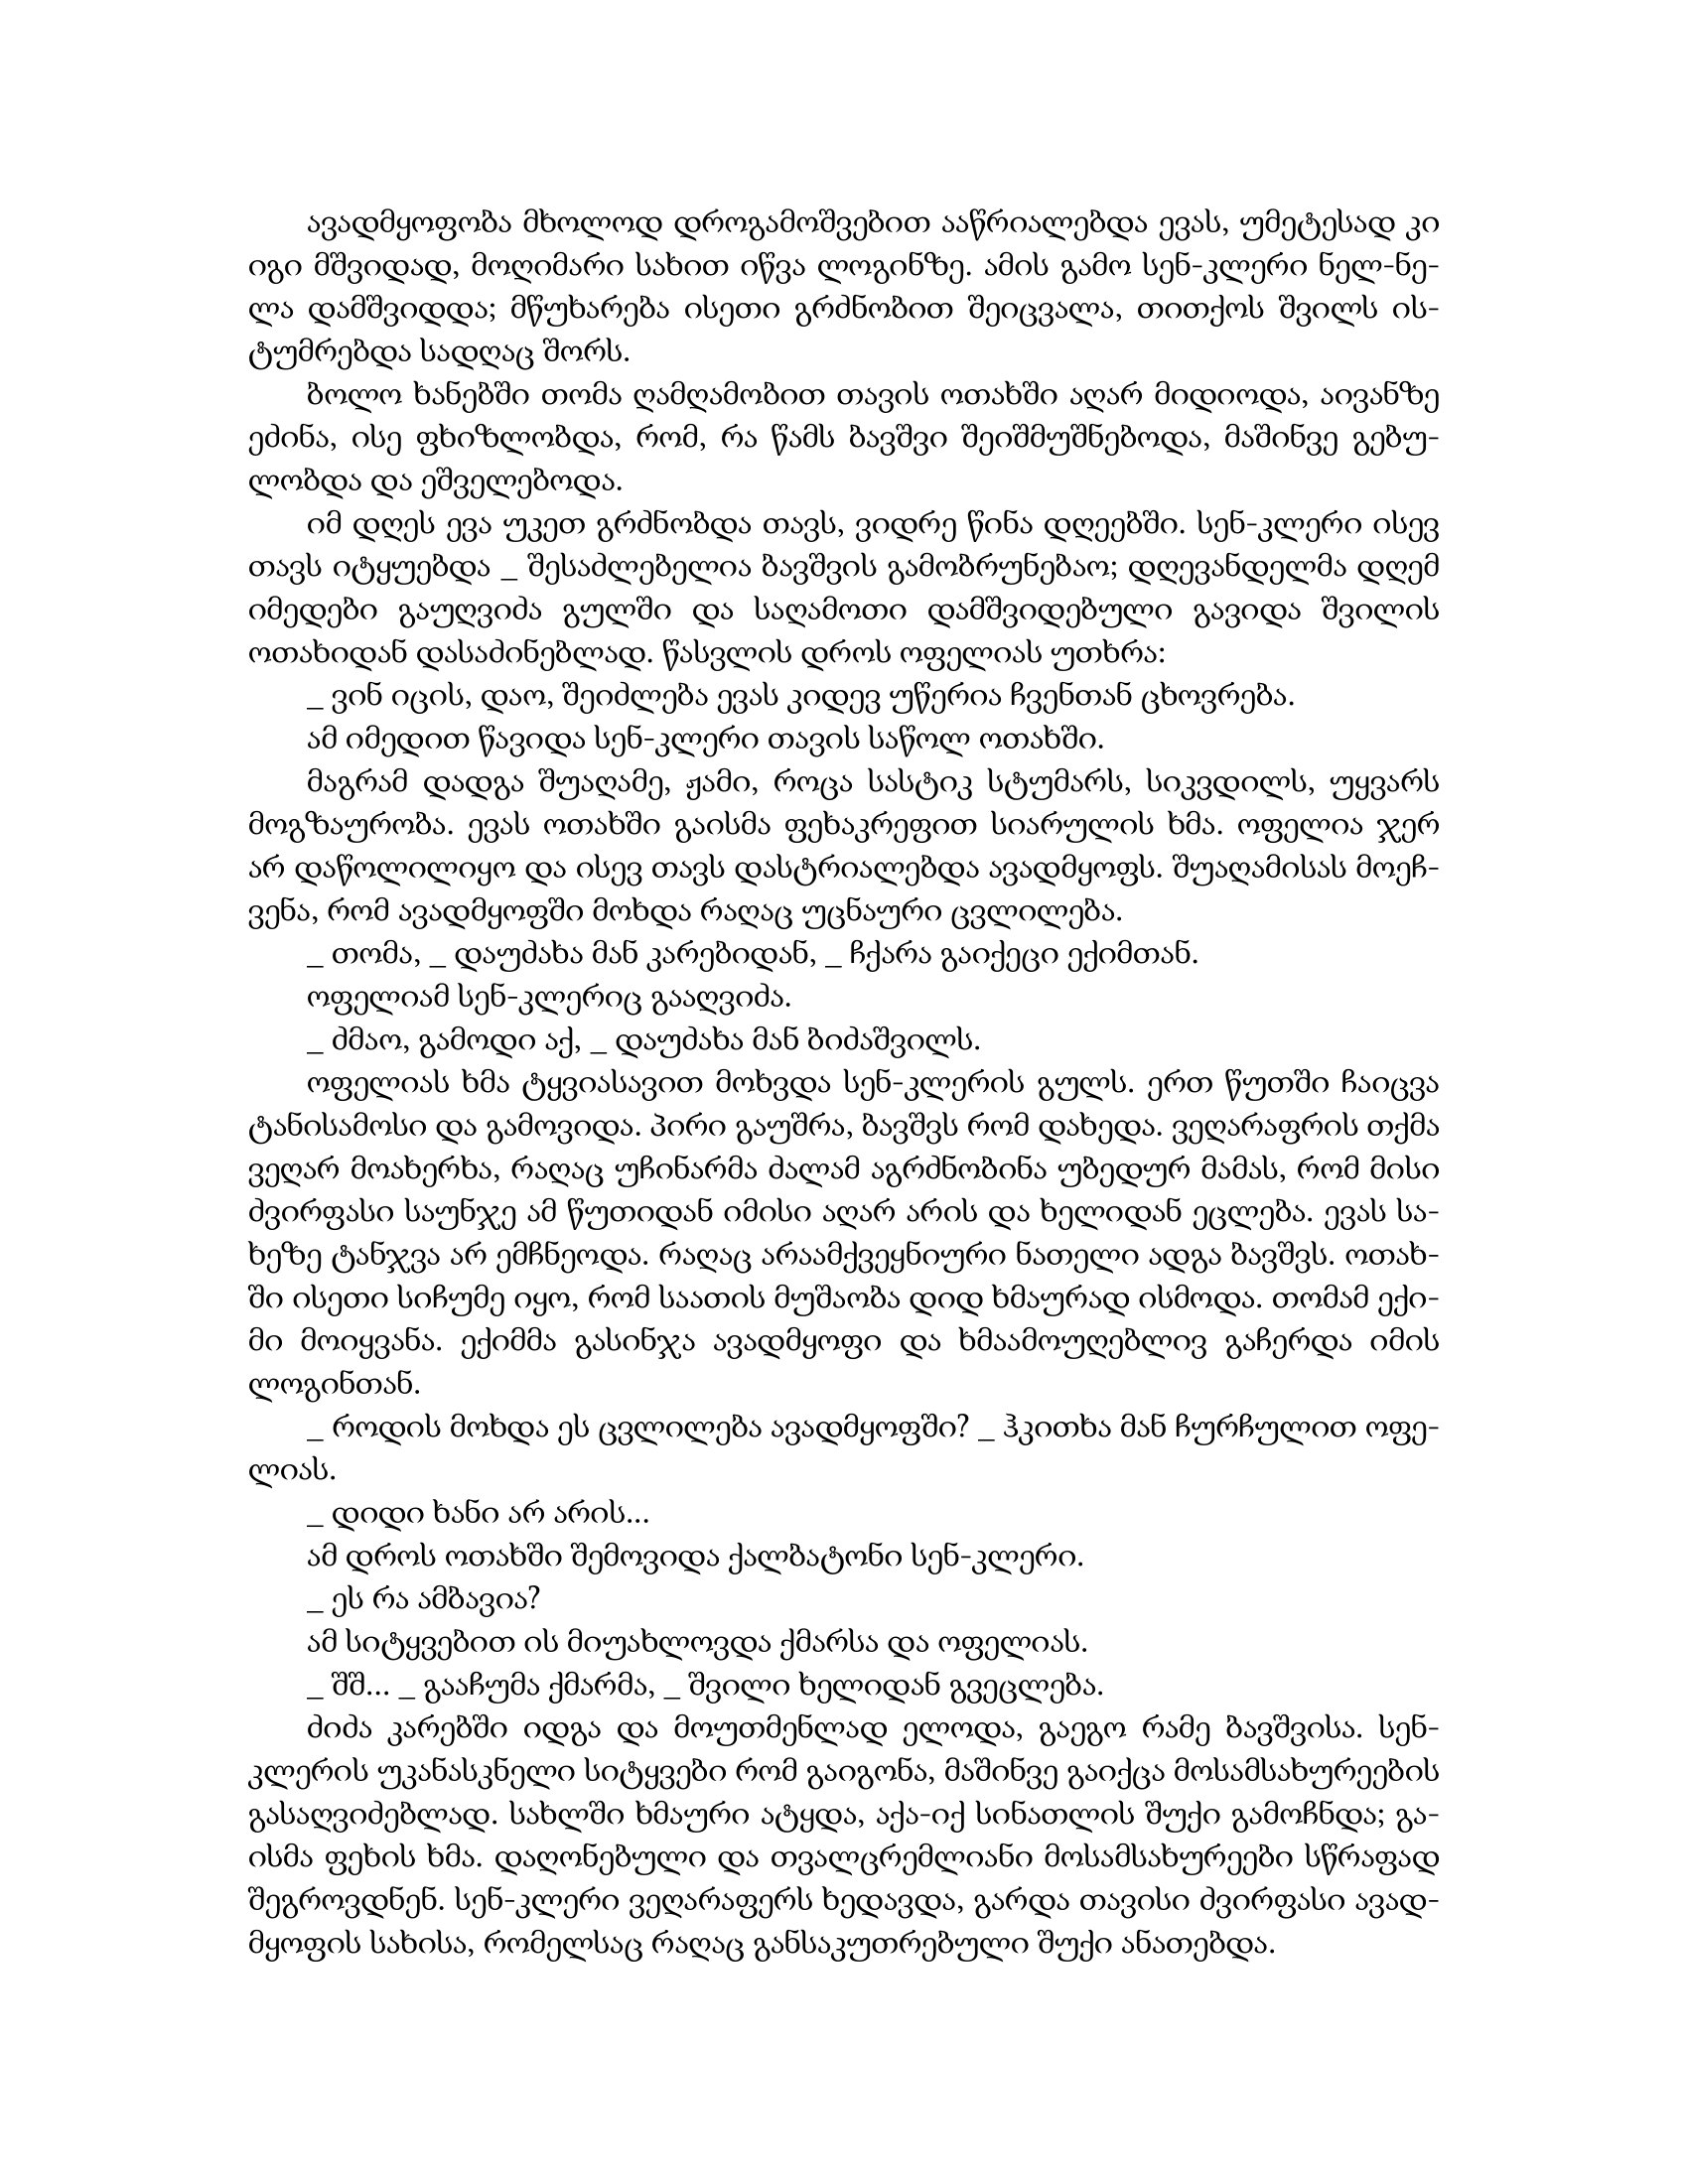
Language: gr